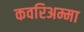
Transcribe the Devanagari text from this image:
कवरिअम्मा